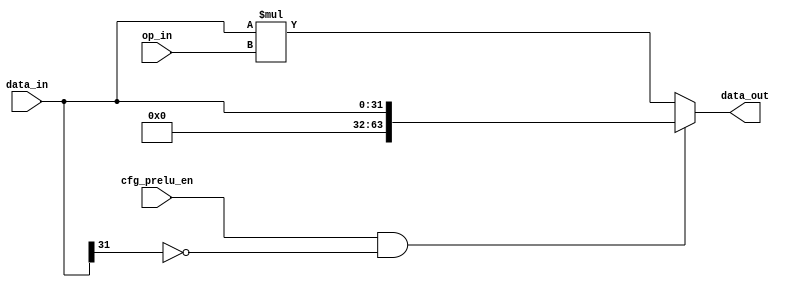
// ================================================================
// NVDLA Open Source Project
// 
// Copyright(c) 2016 - 2017 NVIDIA Corporation.  Licensed under the
// NVDLA Open Hardware License; Check "LICENSE" which comes with 
// this distribution for more information.
// ================================================================


module NV_NVDLA_SDP_HLS_prelu (
   cfg_prelu_en
  ,data_in
  ,op_in
  ,data_out
  );

parameter  IN_WIDTH  = 32; 
parameter  OP_WIDTH  = 32; 
parameter  OUT_WIDTH = 64; 


input                  cfg_prelu_en;
input  [IN_WIDTH-1:0]  data_in;
input  [OP_WIDTH-1:0]  op_in;
output [OUT_WIDTH-1:0] data_out;

reg    [OUT_WIDTH-1:0] data_out;
wire                   data_in_sign;


// synoff nets

// monitor nets

// debug nets

// tie high nets

// tie low nets

// no connect nets

// not all bits used nets

// todo nets

    
assign  data_in_sign = data_in[IN_WIDTH-1];

always @(
  cfg_prelu_en
  or data_in_sign
  or data_in
  or op_in
  ) begin
   if (cfg_prelu_en & !data_in_sign) 
      data_out[((OUT_WIDTH) - 1):0] = {{(OUT_WIDTH-IN_WIDTH){1'b0}},data_in[IN_WIDTH-1:0]};  
   else  
      data_out[((OUT_WIDTH) - 1):0] = $signed(data_in[((IN_WIDTH) - 1):0]) * $signed(op_in[((OP_WIDTH) - 1):0]);
end

endmodule // NV_NVDLA_SDP_HLS_prelu